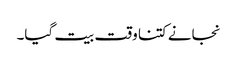
نجانے کتنا وقت بیت گیا۔